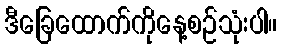
ဒီခြေထောက်ကိုနေ့စဉ်သုံးပါ။